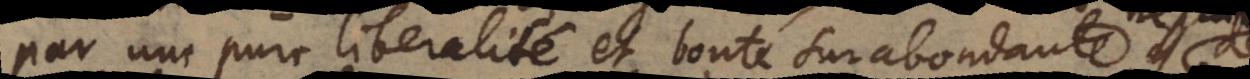
par une pure liberalité et bonté surabondante